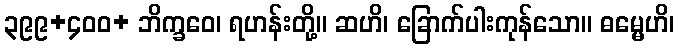
၃၉၉+၄၀၀+ ဘိက္ခဝေ၊ ရဟန်းတို့။ ဆဟိ၊ ခြောက်ပါးကုန်သော။ ဓမ္မေဟိ၊